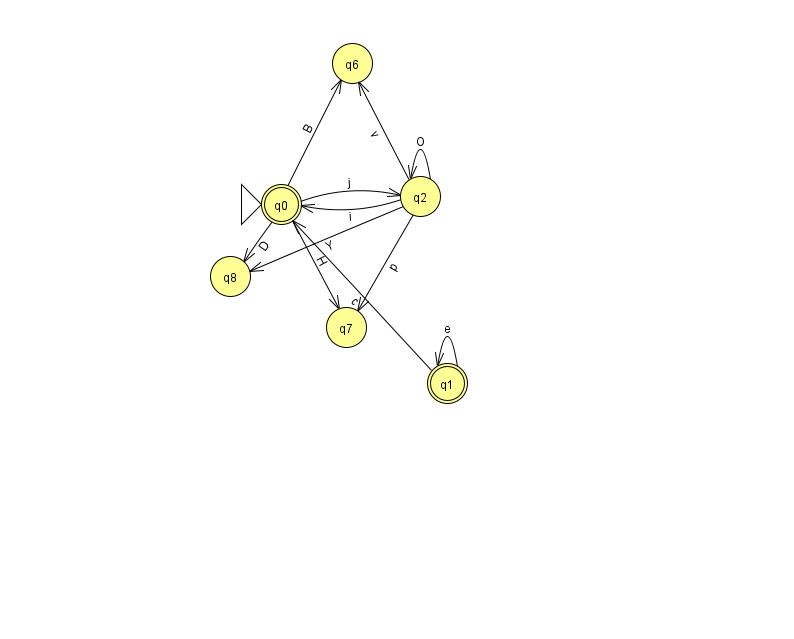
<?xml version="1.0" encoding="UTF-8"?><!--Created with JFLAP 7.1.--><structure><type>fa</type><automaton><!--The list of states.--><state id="0" name="q0"><x>281.0</x><y>191.0</y><initial/><final/></state><state id="1" name="q1"><x>447.0</x><y>370.0</y><final/></state><state id="2" name="q2"><x>420.0</x><y>183.0</y></state><state id="6" name="q6"><x>352.0</x><y>50.0</y></state><state id="7" name="q7"><x>346.0</x><y>314.0</y></state><state id="8" name="q8"><x>230.0</x><y>263.0</y></state><!--The list of transitions.--><transition><from>0</from><to>6</to><read>B</read></transition><transition><from>2</from><to>6</to><read>v</read></transition><transition><from>1</from><to>1</to><read>e</read></transition><transition><from>0</from><to>7</to><read>H</read></transition><transition><from>2</from><to>8</to><read>Y</read></transition><transition><from>2</from><to>7</to><read>p</read></transition><transition><from>2</from><to>0</to><read>i</read></transition><transition><from>1</from><to>0</to><read>c</read></transition><transition><from>0</from><to>8</to><read>D</read></transition><transition><from>0</from><to>2</to><read>j</read></transition><transition><from>2</from><to>2</to><read>O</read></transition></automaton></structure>